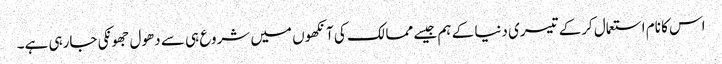
اس کا نام استعمال کرکے تیسری دنیا کے ہم جیسے ممالک کی آنکھوں میں شروع ہی سے دھول جھونکی جارہی ہے۔